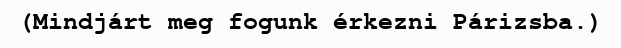
(Mindjárt meg fogunk érkezni Párizsba.)